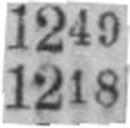
1218